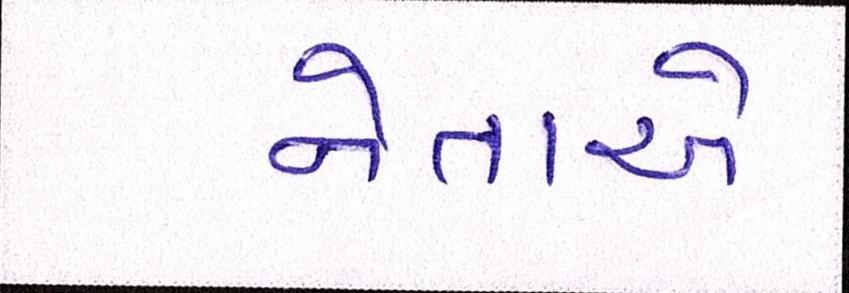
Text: નેતાએ